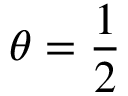
\theta = { \frac { 1 } { 2 } }